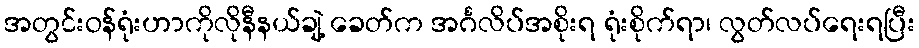
အတွင်းဝန်ရုံးဟာကိုလိုနီနယ်ချဲ့ ခေတ်က အင်္ဂလိပ်အစိုးရ ရုံးစိုက်ရာ၊ လွတ်လပ်ရေးရပြီး